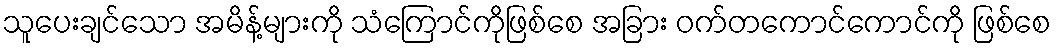
သူပေးချင်သော အမိန့်များကို သံကြောင်ကိုဖြစ်စေ အခြား ဝက်တကောင်ကောင်ကို ဖြစ်စေ